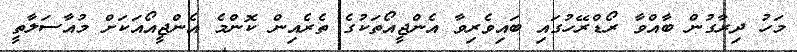
މަހު ދިރާގުން ބާއްވާ ރޯޑްރޭހުގައި ބައިވެރިވާ އެންޖީއޯތަކުގެ ތެރެއިން ކޮންމެ އެންޖީއޯއަކަށް މުއާސަލާތީ